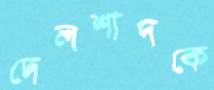
দেলশাদকে